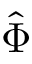
\hat { \Phi }